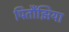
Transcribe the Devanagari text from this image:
पितौंझिया